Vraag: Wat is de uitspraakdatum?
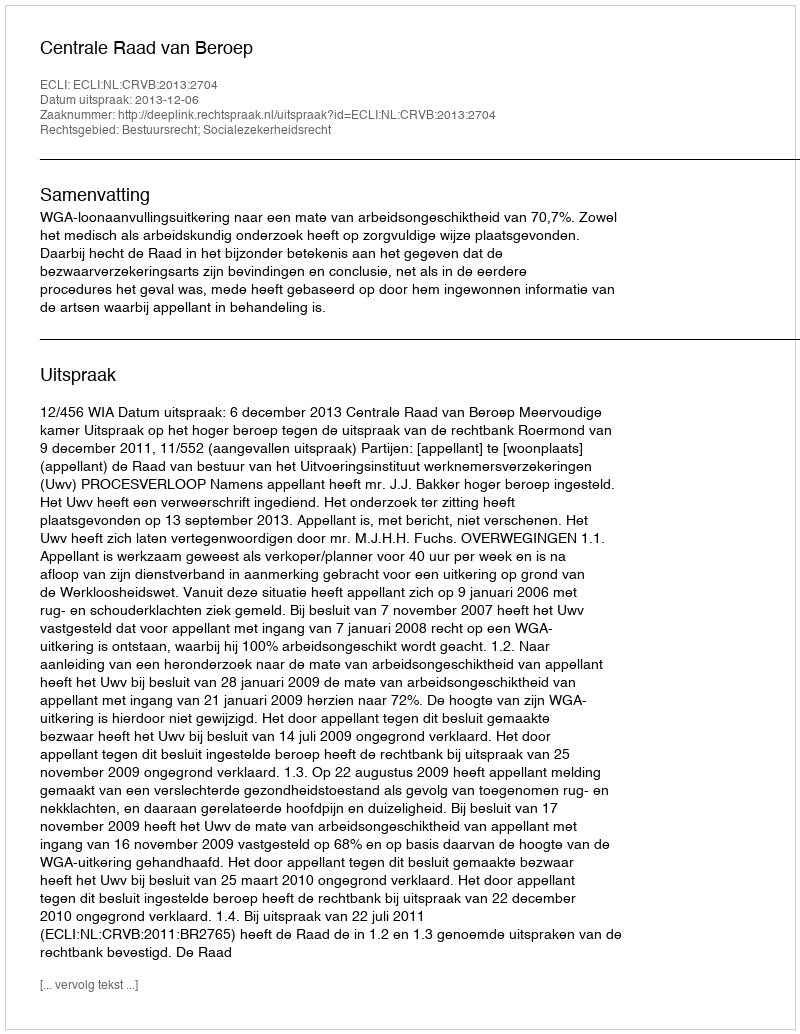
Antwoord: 2013-12-06